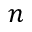
n